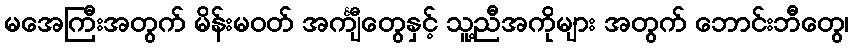
မအေကြီးအတွက် မိန်းမဝတ် အင်္ကျီတွေနှင့် သူ့ညီအကိုများ အတွက် ဘောင်းဘီတွေ၊